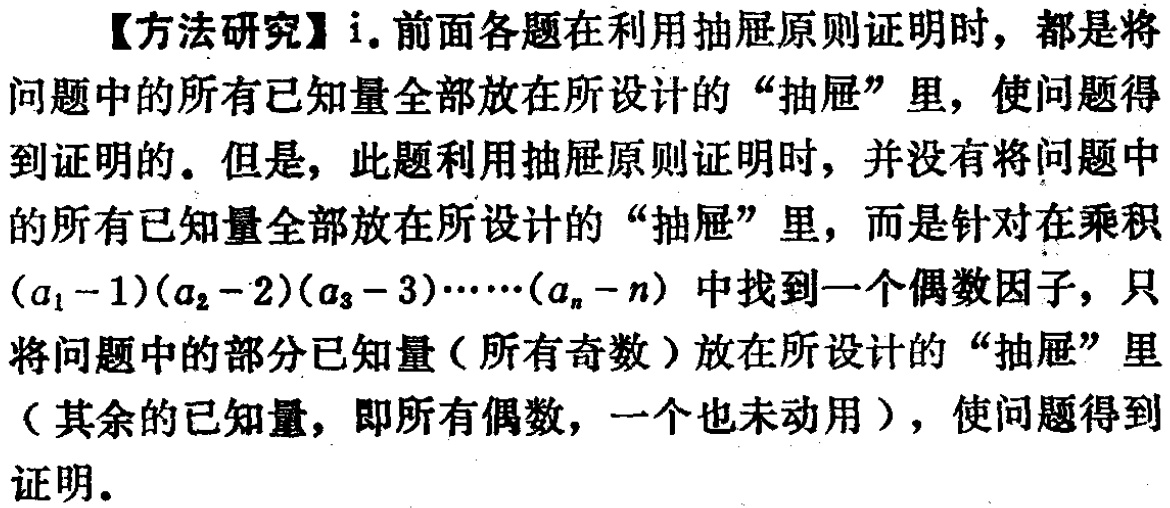
【方法研究】i. 前面各题在利用抽屉原则证明时，都是将问题中的所有已知量全部放在所设计的“抽屉”里，使问题得到证明的。但是，此题利用抽屉原则证明时，并没有将问题中的所有已知量全部放在所设计的“抽屉”里，而是针对在乘积\((a_1 - 1)(a_2 - 2)(a_3 - 3)\cdots(a_n - n)\)中找到一个偶数因子，只将问题中的部分已知量（所有奇数）放在所设计的“抽屉”里（其余的已知量，即所有偶数，一个也未动用），使问题得到证明。